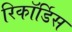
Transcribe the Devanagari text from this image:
रिकॉर्डिस